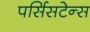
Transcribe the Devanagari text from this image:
पर्सिसटेन्स